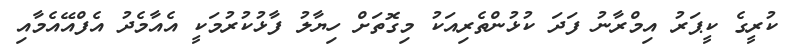
ކުރީގެ ކީޕަރު އިމްރާނު ފަދަ ކުޅުންތެރިއަކު މިގޮތަށް ހިޔާލު ފާޅުކުރުމަކީ އެއާމެދު އެފްއޭއެމާއި